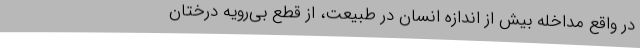
در واقع مداخله بیش از اندازه انسان در طبیعت، از قطع بی‌رویه درختان